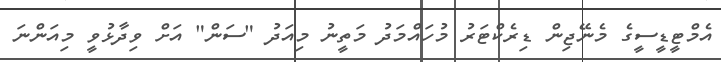
އެމްޓީޑީސީގެ މެނޭޖިން ޑިރެކްޓަރު މުހައްމަދު މަތީނު މިއަދު "ސަން" އަށް ވިދާޅުވީ މިއަންނަ